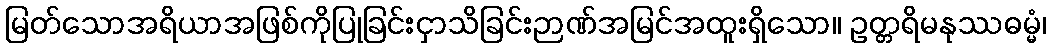
မြတ်သောအရိယာအဖြစ်ကိုပြုခြင်းငှာသိခြင်းဉာဏ်အမြင်အထူးရှိသော။ ဥတ္တရိမနုဿဓမ္မံ၊